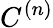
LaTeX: C^{(n)}